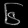
Digit: ၆